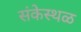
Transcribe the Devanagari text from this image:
संकेस्थळ